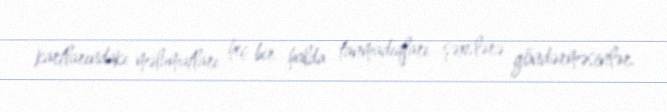
kartlarındakı məlumatları heç bir halda tanmadıqları şəxslərə göndərməsinlər.